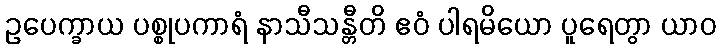
ဥပေက္ခာယ ပစ္စုပကာရံ နာသီသန္တီတိ ဧဝံ ပါရမိယော ပူရေတွာ ယာဝ